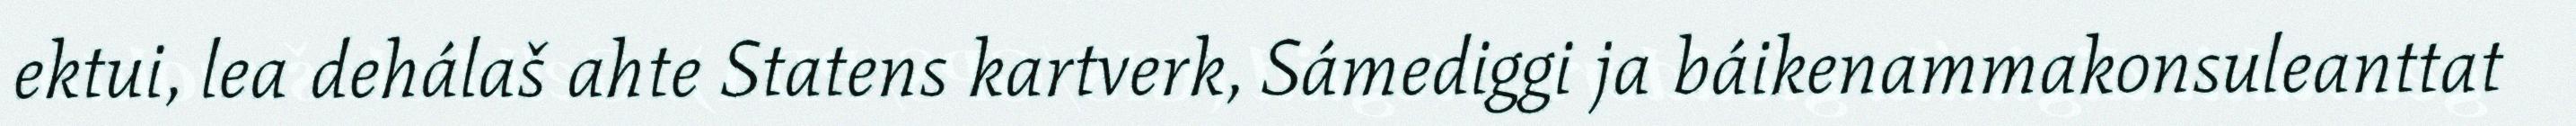
ektui, lea dehálaš ahte Statens kartverk, Sámediggi ja báikenammakonsuleanttat